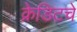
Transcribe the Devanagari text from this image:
क्रेडिटचे